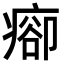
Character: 𤷽